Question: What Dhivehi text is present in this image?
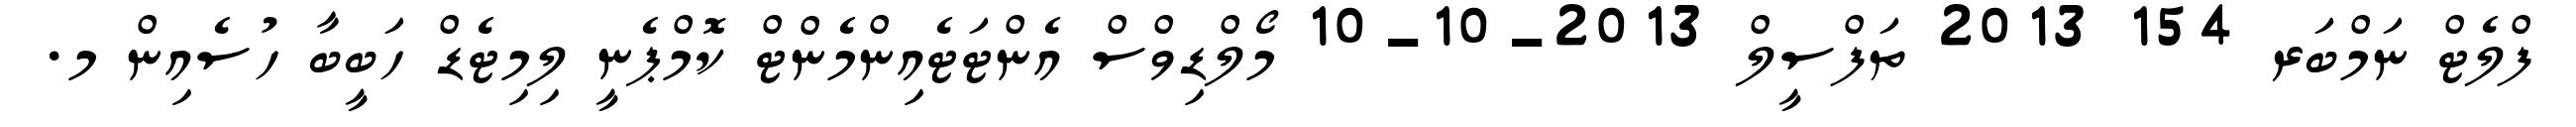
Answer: ފްލެޓް ނަމްބަރ 154 2013 ތަފްސީލް 2013-10-10 މޯލްޑިވްސް އެންޓަޓެއިންމެންޓް ކޮމްޕެނީ ލިމިޓެޑް ހަބީބާ ހުސެއިން މ.